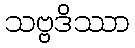
သဗ္ဗဒိဿာ